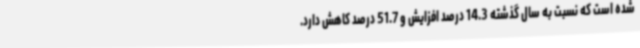
شده است که نسبت به سال گذشته 14.3 درصد افزایش و 51.7 درصد کاهش دارد.